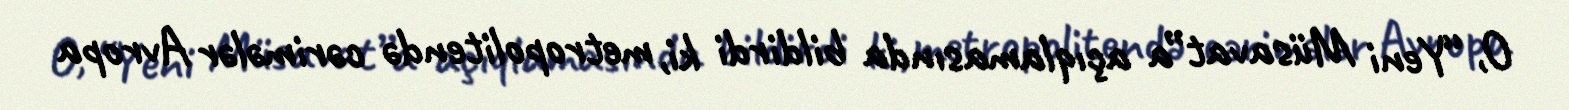
O, “Yeni Müsavat”a açıqlamasında bildirdi ki, metropolitendə cərimələr Avropa